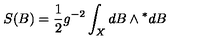
S ( B ) = \frac { 1 } { 2 } g ^ { - 2 } \int _ { X } { } d B \wedge { } ^ { * } d B